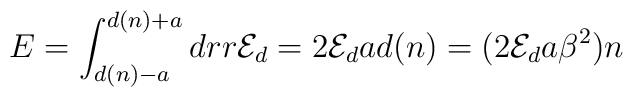
E=\int_{d(n)-a}^{d(n)+a}dr r {\cal E}_d=2{\cal E}_d a d(n) =(2{\cal E}_d    a\beta^2)n